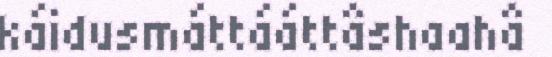
káidusmáttááttâshaahâ